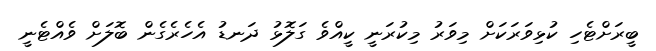
ބީރަށްޓެހި ކުޅިވަރަކަށް މިވަރު މިކުރަނީ ކީއްވެ ގަލޮޅު ދަނޑު އެހެރެގެން ބޮލަށް ވެއްޓެނީ